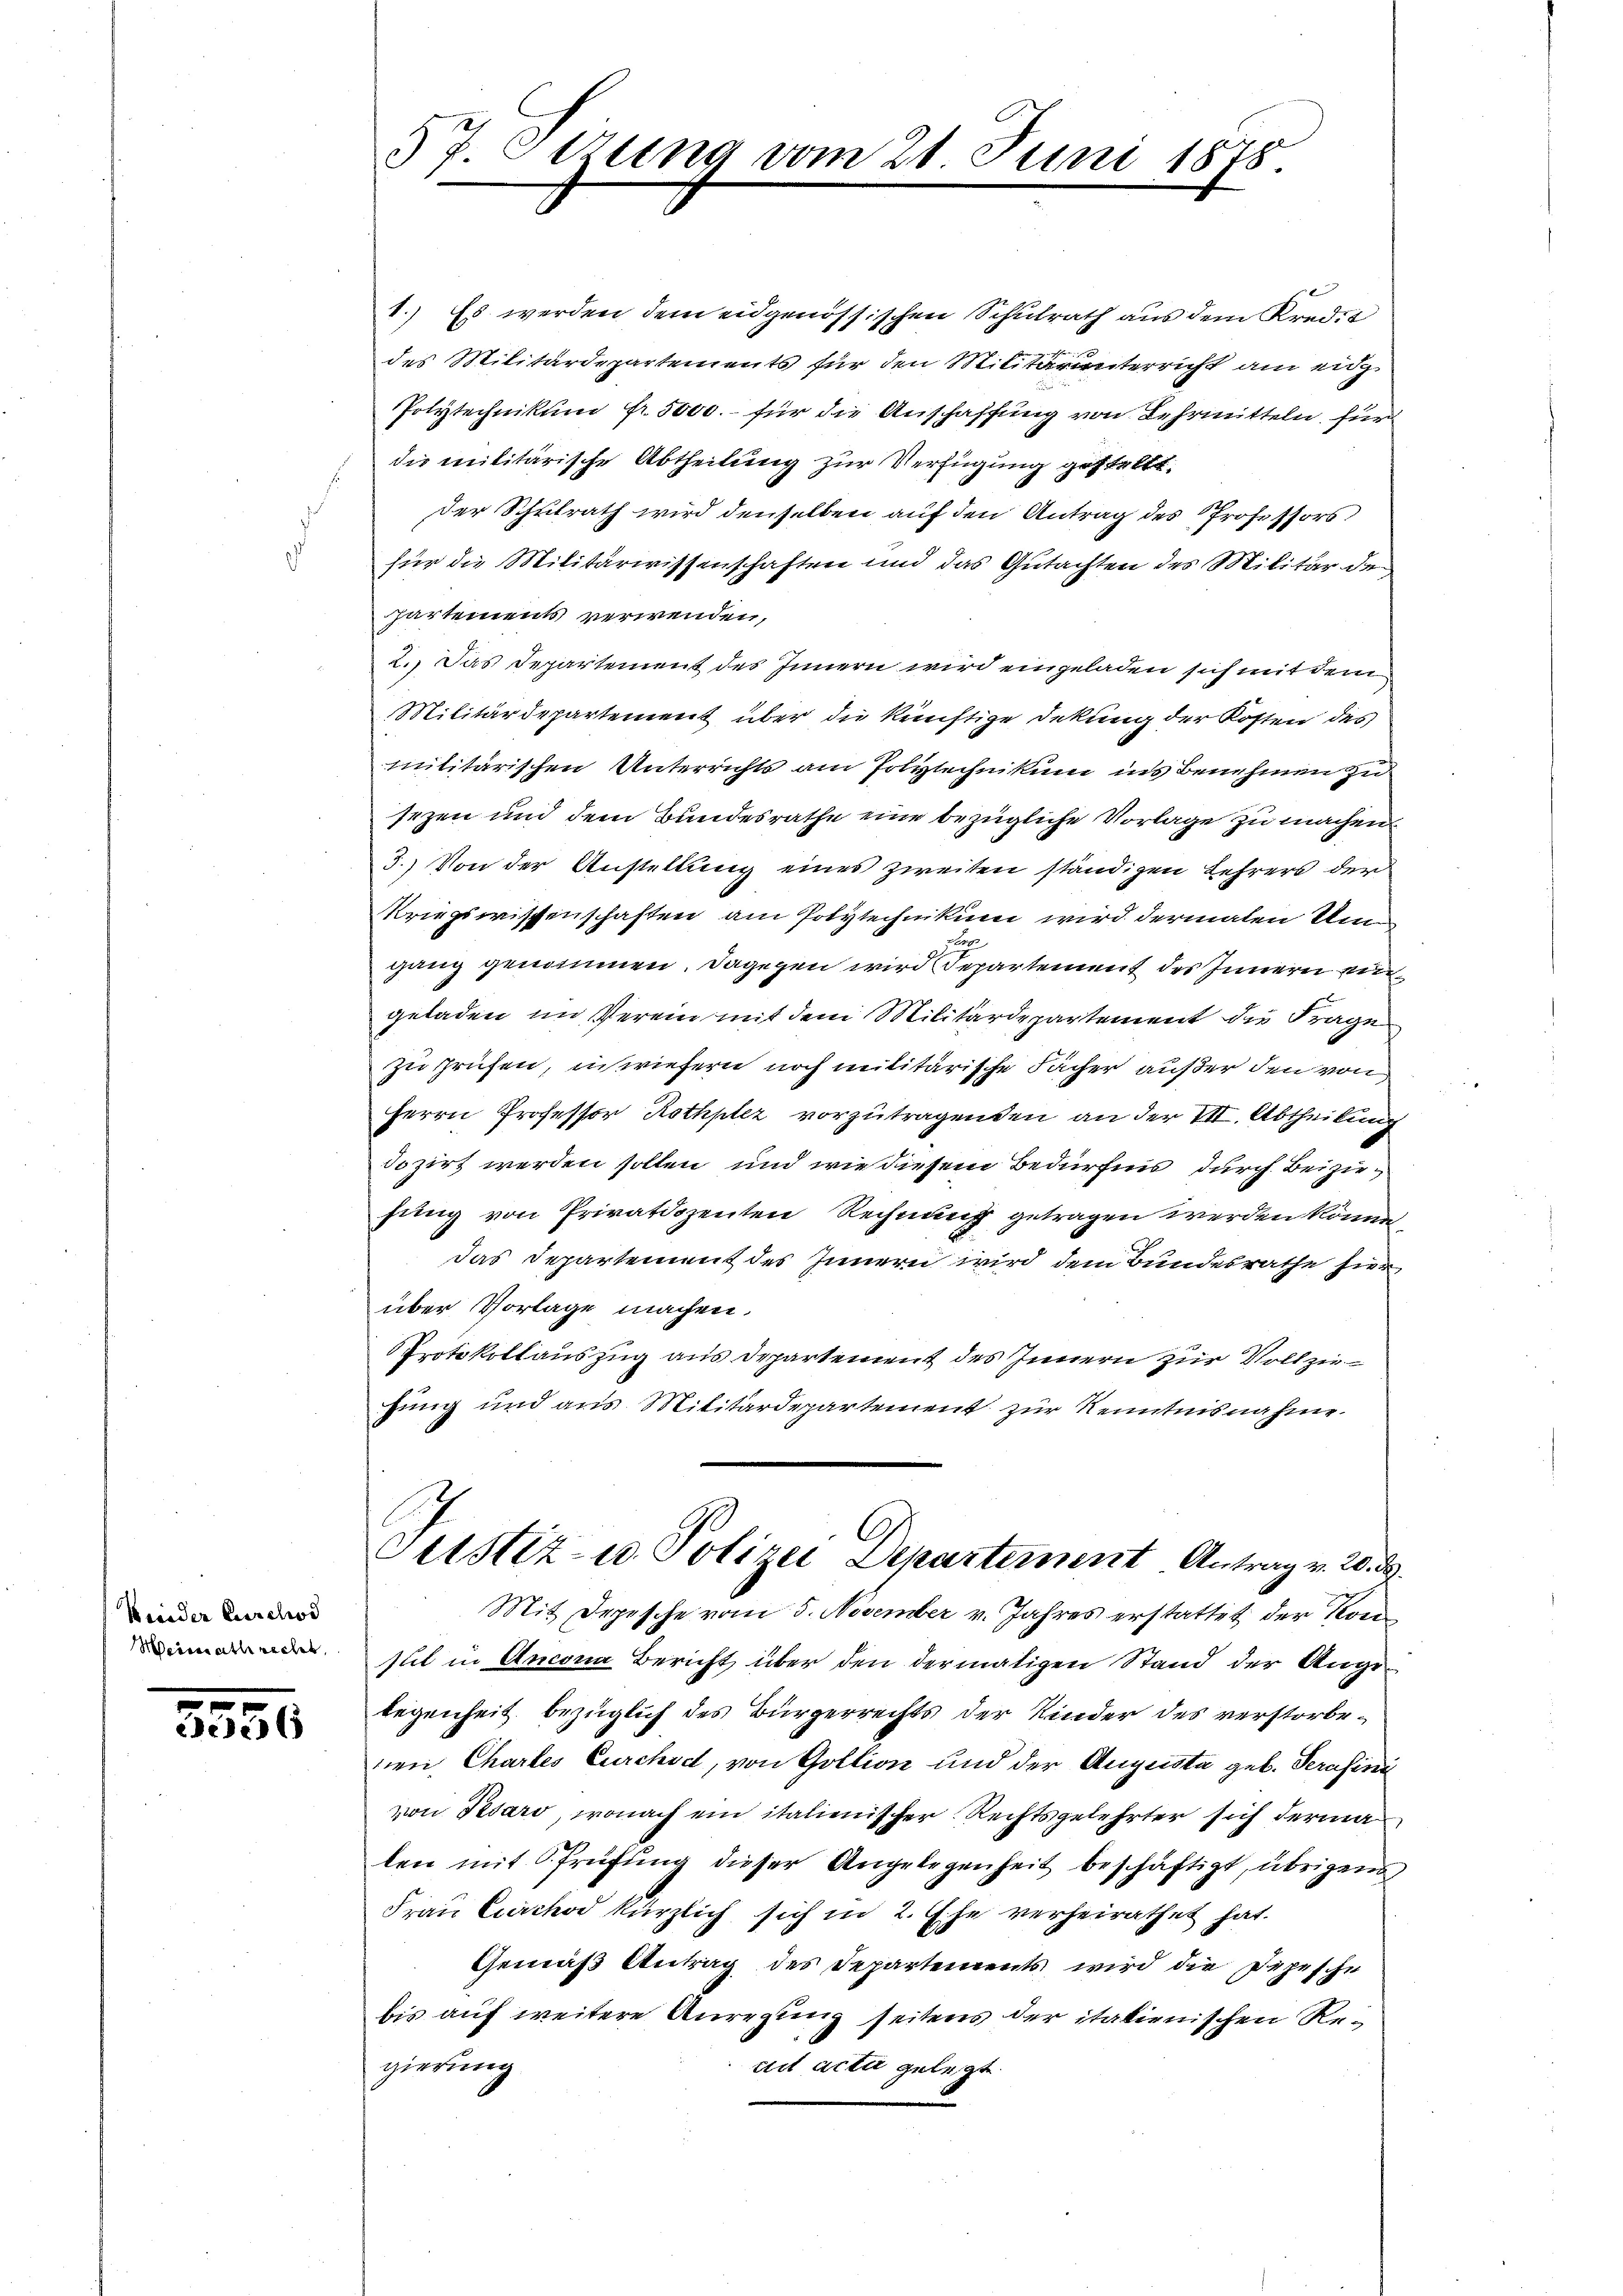
Kreider Curchod
Meisseathrechet,

5556

57. Otzung vom 21. Juni 1878.

1.) Es werden dem eidgenössischen Schulrath aus dem Kredit
des Militärdepartements für den Militär unterricht am eidg
Polytechnikum fr. 5000.- für die Anschaffung von Lehrmitteln, für
die militärische Abtheilung zur Verfügung gestellt.
der Schulrath wird denselben auf den Antrag des Professors
für die Militärwissenschaften und das Gutachten des Militär de
partements verwenden,
2.) Das Departement des Innern wird eingeladen sich mit dem
Militärdepartement über die künftige Dekung der Kosten des
militärischen Unterrichts am Polytechnikum ins Benehmen zu
sezen und dem Bundesrathe eine bezügliche Vorlage zu machen
3.) Von der Anstellung eines zweiten ständigen Lehrers der
Kriegswissenschaften am Polytechnikum wird dermalen Um
s
gang genommen. Dagegen wird Departement des Innern ei
geladen im Verein mit dem Militärdepartement die Frage
zu prüfen, inwiefern noch militärische Fächer außer den von
Herrn Professor Rothpler vorzutragenden an der VII. Abtheilung
dozirt werden sollen, und wie diesem Bedürfnis durch Beiziefung von Privatdozenten Rechnung getragen werden könn
Das Departement des Innern wird dem Bundesrathe hier
über Vorlage machen.
Protokollauszug aus Departement des Innern zur Vollziezung und aus Militärdepartement zur Kenntnisnahme
Justiz- u. Polizei Departement Antrag v. 20. d.
Mit Depesche vom 5. November v. Jahres erstattet der Kon
sit in Ancona Bericht über den dermatigen Stand der Angelegenheit bezüglich des Bürgerrechts der Kinder des verstorbenen Chartes Curchsch, von Goltion und der Augusta geb. Serasini
von Karo, wonach ein italienischer Rechtsgelehrter sich derma
len mit Prüfŭng dieser Angelegenheit beschäftigt, übrigens
Frau Curchod kürzlich sich in 2. Ehe verheirathet hat.
Gemäß Antrag des Departements wird die Depesche
bis auf weitere Anregung seitens der italienischen Rettet acti gelegt.
gierung